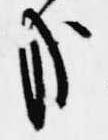
哉